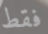
فقط